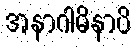
အနာဂါမိနာပိ